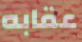
عقابه